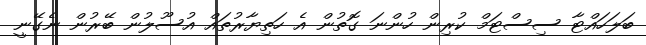
ބަލަހައްޓާ ސިސްޓަމް ކުރިން ހުންނަ ގޮތުން އެ ހަތިޔާރުތައް އުސޫލުން ބޭރުން ނެގޭނީ